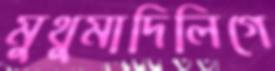
মুথুমাদিলিগে